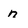
Character: n